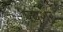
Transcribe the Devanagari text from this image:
फ्यूशेर